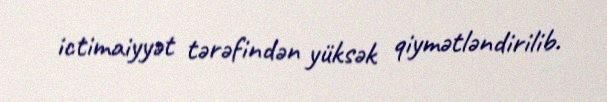
ictimaiyyət tərəfindən yüksək qiymətləndirilib.